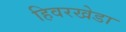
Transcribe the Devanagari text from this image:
हिवरखेडा